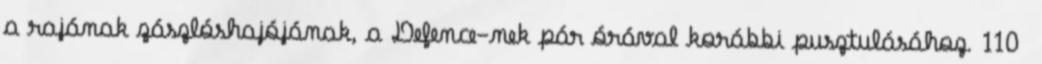
a rajának zászlóshajójának, a Defence-nek pár órával korábbi pusztulásához. 110